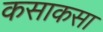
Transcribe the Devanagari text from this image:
कसाकसा